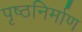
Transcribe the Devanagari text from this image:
पृष्ठनिर्माण